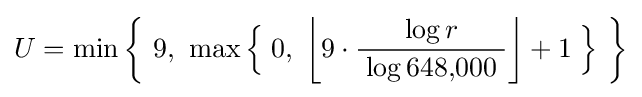
U=\min \left\{~9,~\max {\Bigl \{}\;0,\;\left\lfloor 9\cdot {\frac {\log r}{\;\log 648{,}000\;}}\right\rfloor +1\;{\Bigr \}}~\right\}